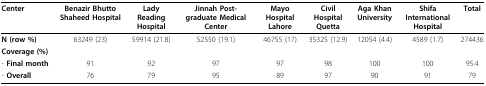
<table><thead><tr><td><b>Center</b></td><td><b>Benazir Bhutto Shaheed Hospital</b></td><td><b>Lady Reading Hospital</b></td><td><b>Jinnah Post-graduate Medical Center</b></td><td><b>Mayo Hospital Lahore</b></td><td><b>Civil Hospital Quetta</b></td><td><b>Aga Khan University</b></td><td><b>Shifa International Hospital</b></td><td><b>Total</b></td></tr></thead><tbody><tr><td><b>N (row %)</b></td><td>63249 (23)</td><td>59914 (21.8)</td><td>52550 (19.1)</td><td>46755 (17)</td><td>35325 (12.9)</td><td>12054 (4.4)</td><td>4589 (1.7)</td><td>274436</td></tr><tr><td><b>Coverage (%)</b></td><td></td><td></td><td></td><td></td><td></td><td></td><td></td><td></td></tr><tr><td>- <b>Final month</b></td><td>91</td><td>92</td><td>97</td><td>97</td><td>98</td><td>100</td><td>100</td><td>95.4</td></tr><tr><td>- <b>Overall</b></td><td>76</td><td>79</td><td>95</td><td>89</td><td>97</td><td>90</td><td>91</td><td>79</td></tr></tbody></table>